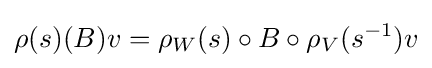
\rho (s)(B)v=\rho _{W}(s)\circ B\circ \rho _{V}(s^{-1})v